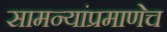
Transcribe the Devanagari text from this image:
सामन्यांप्रमाणेच